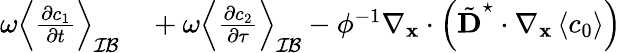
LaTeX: \begin{array}{rl}{\omega\left\langle\frac{\partial c_{1}}{\partial t}\right\rangle_{\mathcal{IB}}}&{{}+\omega\left\langle\frac{\partial c_{2}}{\partial\tau}\right\rangle_{\mathcal{IB}}-\phi^{-1}\nabla_{\mathbf{x}}\cdot\left(\tilde{\textbf{D}}^{\star}\cdot\nabla_{\mathbf x}\left\langle c_{0}\right\rangle\right)}\end{array}